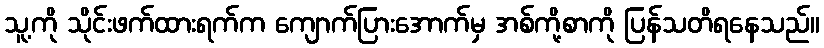
သူ့ကို သိုင်းဖက်ထားရက်က ကျောက်ပြားအောက်မှ အစ်ကို့စာကို ပြန်သတိရနေသည်။